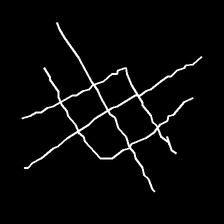
Glyph: crystal